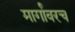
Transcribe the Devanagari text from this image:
मार्गांवरच